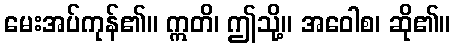
မေးအပ်ကုန်၏။ ဣတိ၊ ဤသို့။ အဝေါစ၊ ဆို၏။